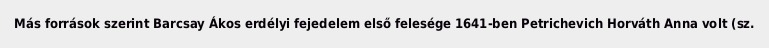
Más források szerint Barcsay Ákos erdélyi fejedelem első felesége 1641-ben Petrichevich Horváth Anna volt (sz.